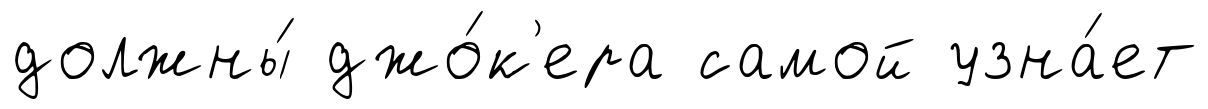
должны́ джо́к'ера самой узна́ет